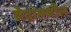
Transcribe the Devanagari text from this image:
वेदामधील